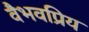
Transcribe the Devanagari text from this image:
वैभवप्रिय